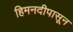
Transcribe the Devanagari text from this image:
हिमनदीपासून